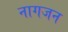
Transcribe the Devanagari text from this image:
नागजन